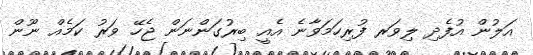
އަލުން އުފެދި ލިވަރ ފުރިހަމަވާނެ އެއީ ބިރުގަންނަން ޖެހޭ ވަރު ކަމެއް ނޫން